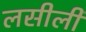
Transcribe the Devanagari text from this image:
लसीली